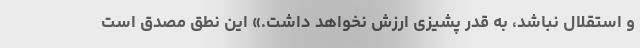
و استقلال نباشد، به قدر پشیزی ارزش نخواهد داشت.» این نطق مصدق است